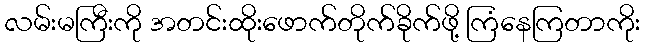
လမ်းမကြီးကို အတင်းထိုးဖောက်တိုက်ခိုက်ဖို့ ကြံနေကြတာကိုး